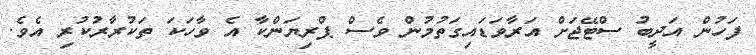
ފަހުން އަދީބު ސްޓޭޖަށް އަރާވަޑައިގަތުމުން ވެސް ޕްރިޔަންކާ އެ ވާހަކަ ތަކުރާރުކުރި އެވެ.